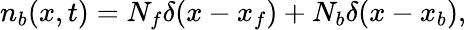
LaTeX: \begin{array}{r}{n_{b}(x,t)=N_{f}\delta(x-x_{f})+N_{b}\delta(x-x_{b}),}\end{array}